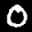
Label: 0